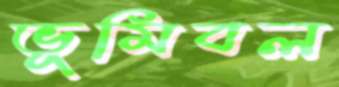
ভূমিবল